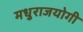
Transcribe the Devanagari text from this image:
मधुराजयोगी